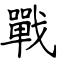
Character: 戰